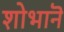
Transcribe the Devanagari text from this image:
शोभानॆ